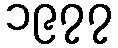
၁၉၇၇